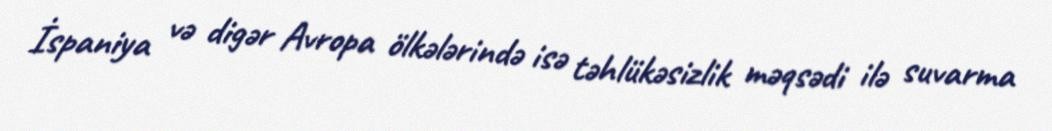
İspaniya və digər Avropa ölkələrində isə təhlükəsizlik məqsədi ilə suvarma